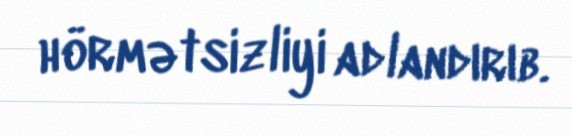
hörmətsizliyi adlandırıb.